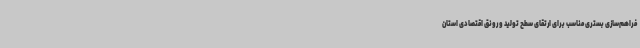
فراهم‌سازی بستری مناسب برای ارتقای سطح تولید و رونق اقتصادی استان